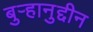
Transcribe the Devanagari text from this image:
बुऱ्हानुद्दीन